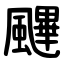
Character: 䬛